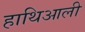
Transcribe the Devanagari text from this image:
हाथिआली